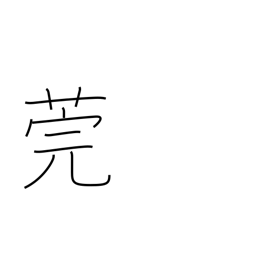
Meaning: reed used to cover tatami